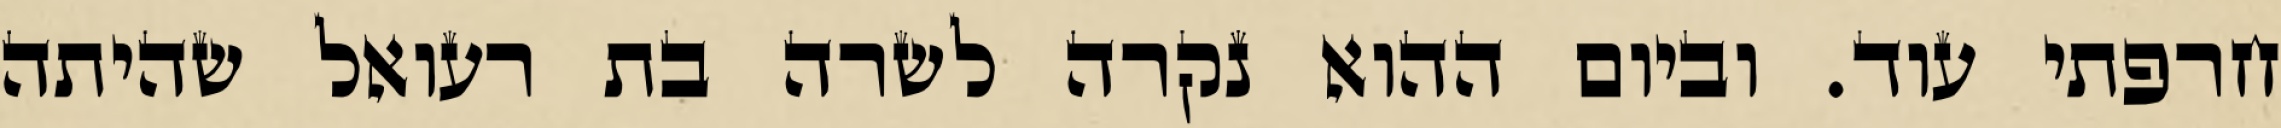
חרפתי עוד. וביום ההוא נקרה לשרה בת רעואל שהיתה